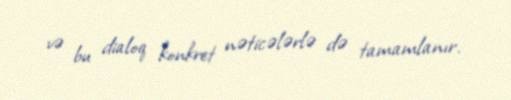
və bu dialoq konkret nəticələrlə də tamamlanır.